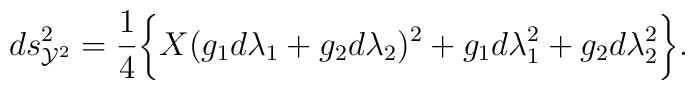
ds^2_{{\cal Y}^2}=\frac{1}{4}\biggl\{ X(g_1 d\lambda_1 + g_2 d\lambda_2)^2+g_1d\lambda_1^2+g_2d\lambda_2^2 \biggr\}.